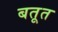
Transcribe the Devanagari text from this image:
बतूत